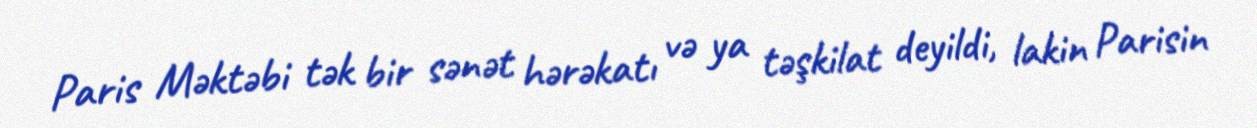
Paris Məktəbi tək bir sənət hərəkatı və ya təşkilat deyildi, lakin Parisin